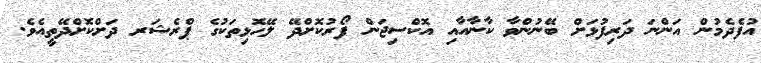
އުފެދެމުން އަންނަ ދަރިފުޅަށް ބޭނުންވާ ކާނާއާއި އޮކްސިޖަން ފޯރުކޮށްދޭ ލޭހޮޅިތަކުގެ ޕްރެޝަރ ދަށްކޮށްދޭތީއެވެ.